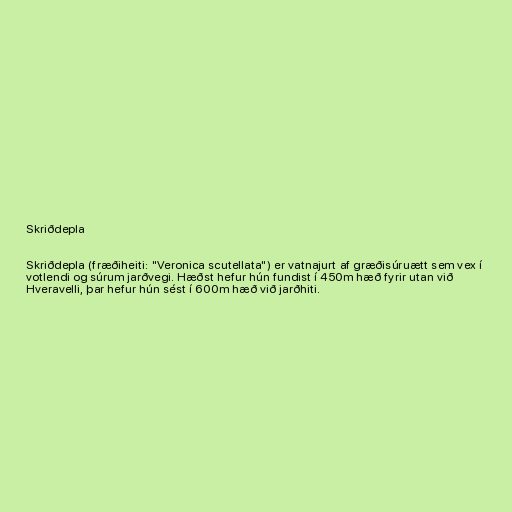
Skriðdepla

Skriðdepla (fræðiheiti: "Veronica scutellata") er vatnajurt af græðisúruætt sem vex í
votlendi og súrum jarðvegi. Hæðst hefur hún fundist í 450m hæð fyrir utan við
Hveravelli, þar hefur hún sést í 600m hæð við jarðhiti.